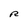
Character: R